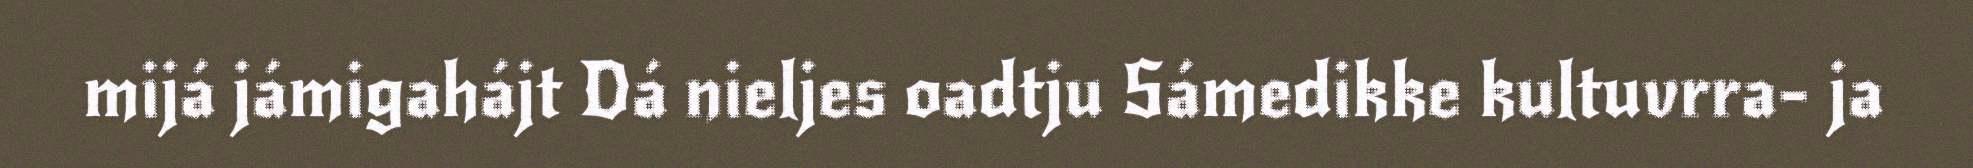
mijá jámigahájt Dá nieljes oadtju Sámedikke kultuvrra- ja